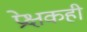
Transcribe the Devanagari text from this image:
प्रेक्षकही